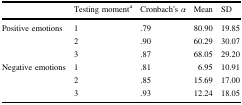
|  | Testing momenta | Cronbach’s α | Mean | SD |
 | --- | --- | --- | --- | --- |
 | Positive emotions | 1 | .79 | 80.90 | 19.85 |
 |  | 2 | .90 | 60.29 | 30.07 |
 |  | 3 | .87 | 68.05 | 29.20 |
 | Negative emotions | 1 | .81 | 6.95 | 10.91 |
 |  | 2 | .85 | 15.69 | 17.00 |
 |  | 3 | .93 | 12.24 | 18.05 |